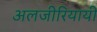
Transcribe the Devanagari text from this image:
अलजीरियायी